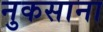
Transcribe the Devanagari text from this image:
नुकसाना